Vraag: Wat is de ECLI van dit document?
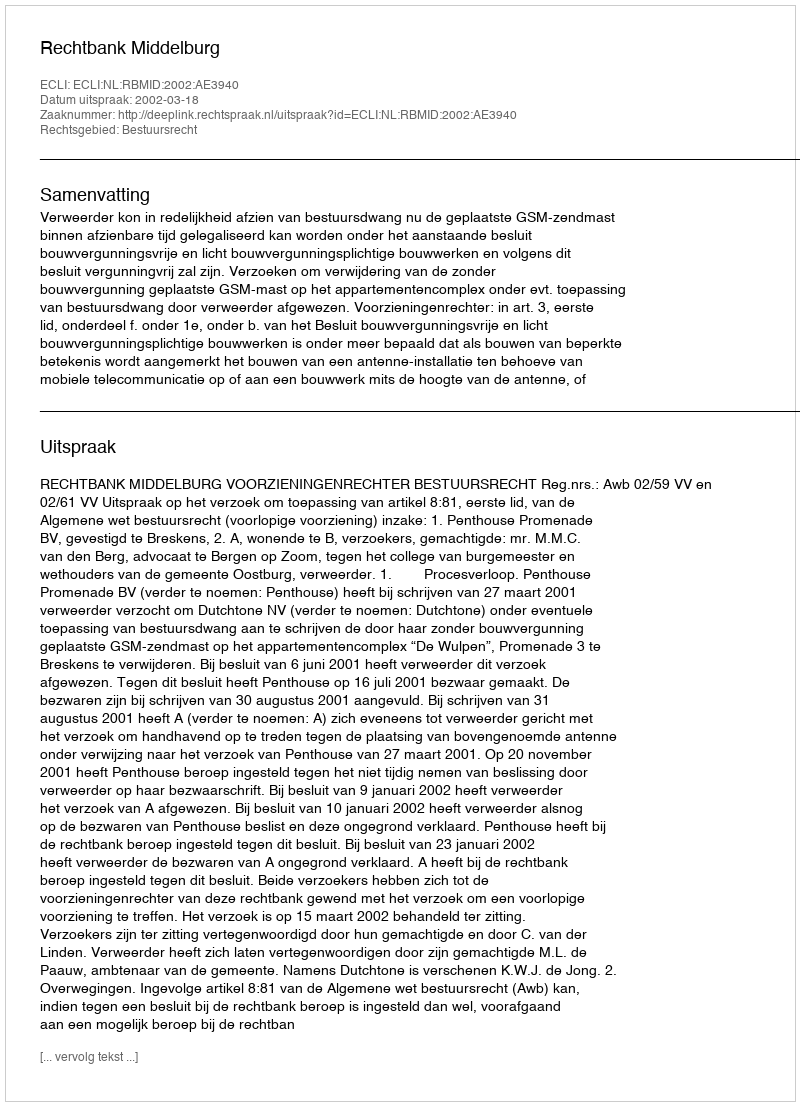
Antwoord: ECLI:NL:RBMID:2002:AE3940